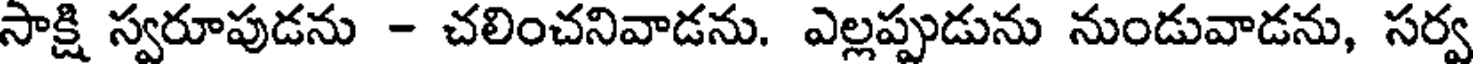
సాక్షి స్వరూపుడను - చలించనివాడను. ఎల్లప్పుడును నుండువాడను, సర్వ